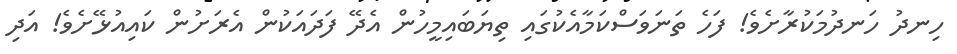
ހިނދު ހަނދުމަކުރާށެވެ! ފަހެ ތަނަވަސްކަމާއެކުގައި ތިޔަބައިމީހުން އެދޭ ފަދައަކުން އެރަށުން ކައިއުޅޭށެވެ! އަދި